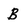
Character: B